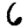
Digit: 6